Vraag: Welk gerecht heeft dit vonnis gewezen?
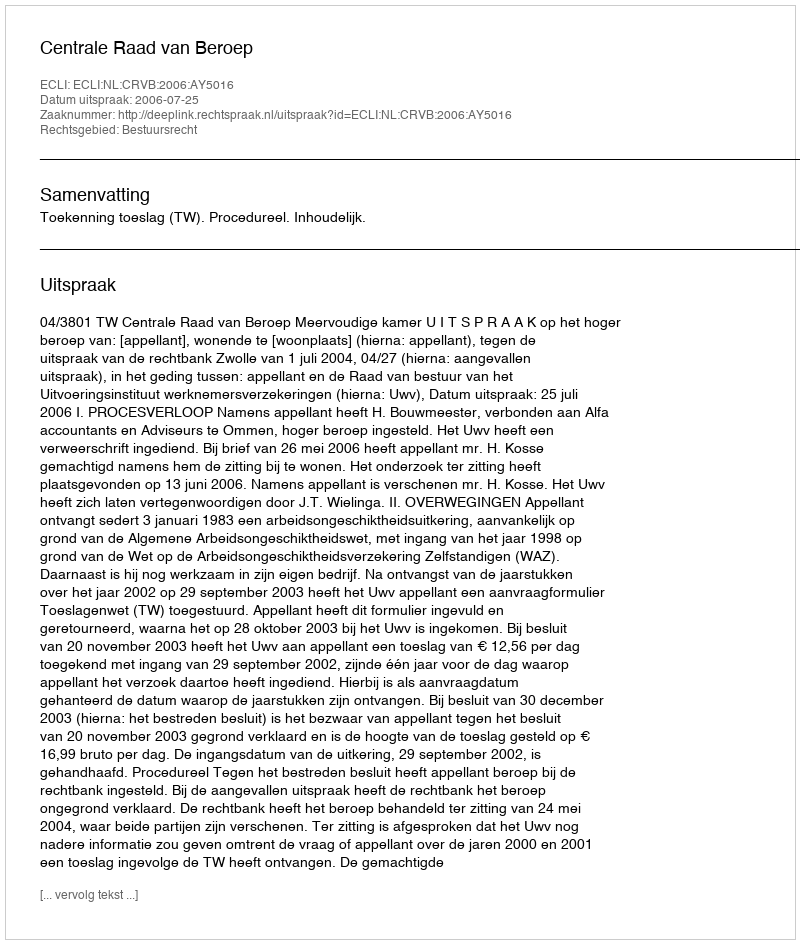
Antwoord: Centrale Raad van Beroep